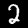
Label: 2